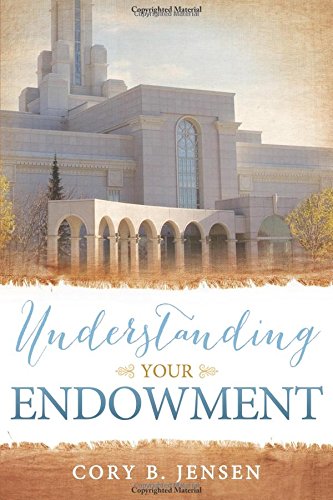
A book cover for Understanding Your Endowment; Cory Jensen; Christian Books & Bibles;